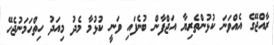
ރާއްޖޭގެ އެއްވަނަ ކުޅުންތެރިޔާ އަޖްފާން ބުނެފައި ވަނީ ކުޅުމާ މެދު މިއަދު ހިތްހަމަނުޖެހޭ